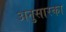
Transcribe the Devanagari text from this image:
अनुसारका